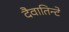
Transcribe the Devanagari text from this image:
दैवातिन्टे